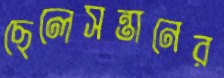
ছেলেসন্তানের